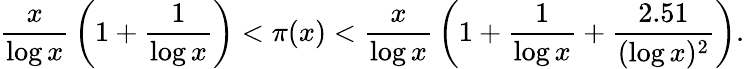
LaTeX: {\frac{x}{\log x}}\left(1+{\frac{1}{\log x}}\right)<\pi(x)<{\frac{x}{\log x}}\left(1+{\frac{1}{\log x}}+{\frac{2.51}{(\log x)^{2}}}\right).